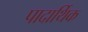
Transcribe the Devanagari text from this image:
पादार्थिक